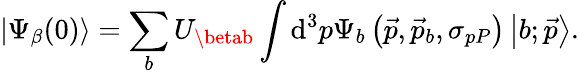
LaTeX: \left|\Psi_{\beta}(0)\right\rangle=\sum_{b}U_{\betab}\int\mathrm{d}^{3}p\Psi_{b}\left(\stackrel{\rightarrow}{p},\stackrel{\rightarrow}{p}_{b},\sigma_{pP}\right)\left|b;\stackrel{\rightarrow}{p}\right\rangle.